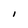
Character: i